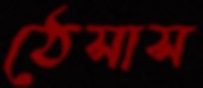
ঠেসাস